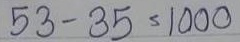
53 - 35 = 1000